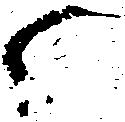
候